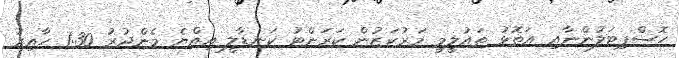
ހޮސްޕިޓަލުންނާއި އަތޮޅު ތައުލީމީ މަރުކަޒުން ކަރަންޓު ކަނޑާލީ އިއްޔެ މެންދުރު 1:30 ހާއިރު